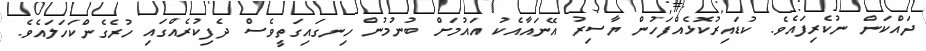
ދައްކަން ނުކެރިފައެވެ. ކުޑައިރުކޮޅެއްފަހުން ޔާސިރު އޭނައާއެކު އައުމަށް ބުނުމުން ހިނގައިގަތީވެސް ދެފިކުރެއްގައި ހުރެގެންކަހަލައެވެ.